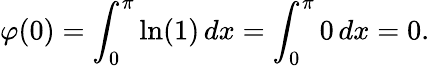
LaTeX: \varphi(0)=\int_{0}^{\pi}\ln(1)\, dx=\int_{0}^{\pi}0\, dx=0.